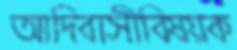
আদিবাসীবিষয়ক